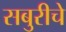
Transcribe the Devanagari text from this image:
सबुरीचे